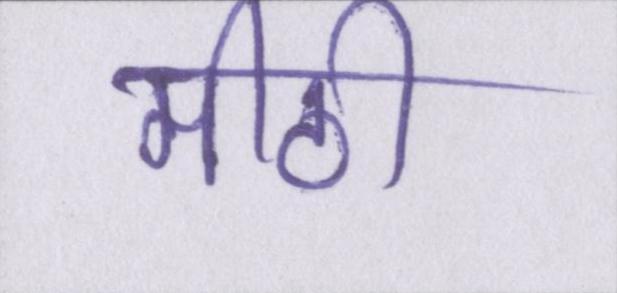
मीठी